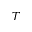
T